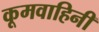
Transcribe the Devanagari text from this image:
कूमवाहिनी